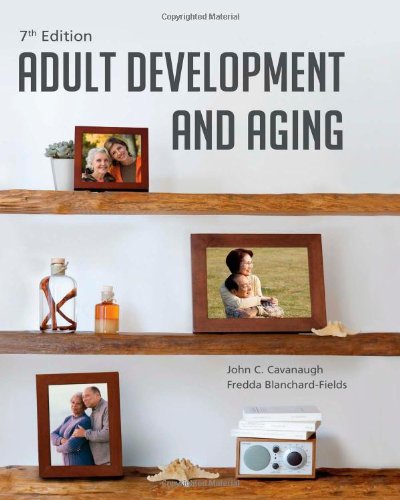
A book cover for Adult Development and Aging; John C. Cavanaugh; Medical Books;